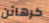
كرهائن